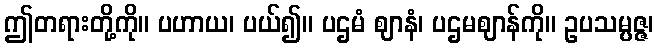
ဤတရားတို့ကို။ ပဟာယ၊ ပယ်၍။ ပဌမံ ဈာနံ၊ ပဌမဈာန်ကို။ ဥပသမ္ပဇ္ဇ၊